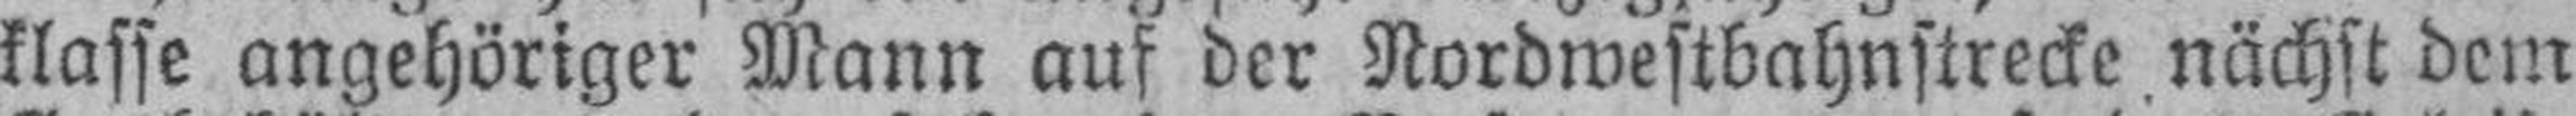
klasse angehöriger Mann auf der Nordwestbahnstrecke nächst dem